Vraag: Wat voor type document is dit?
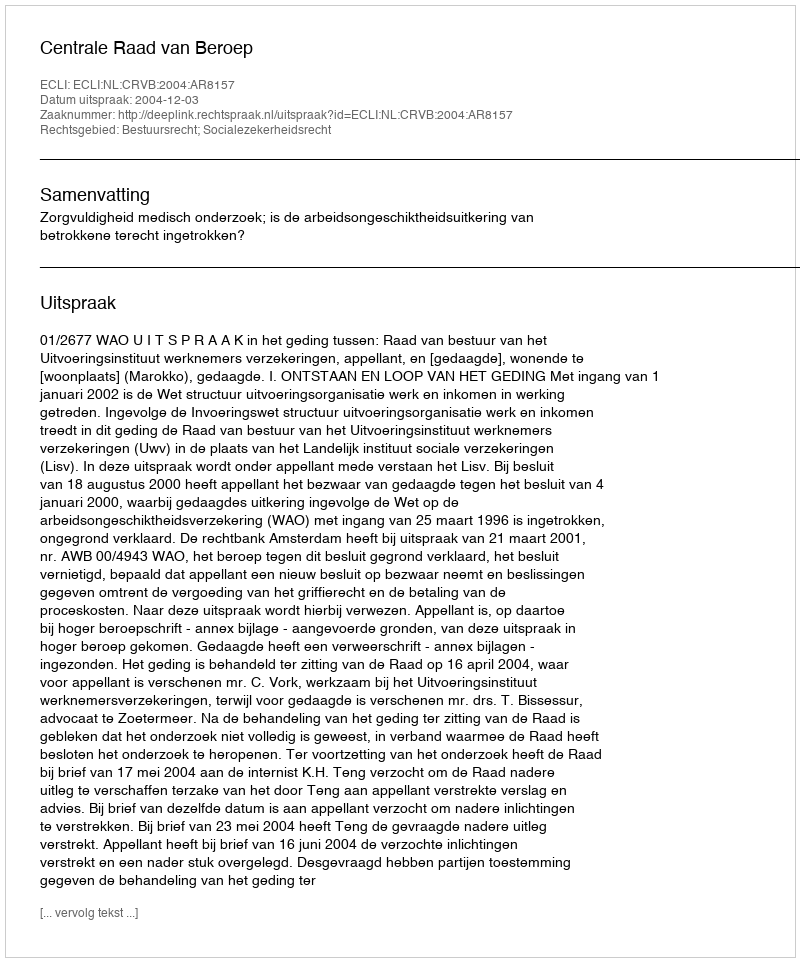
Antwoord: Uitspraak